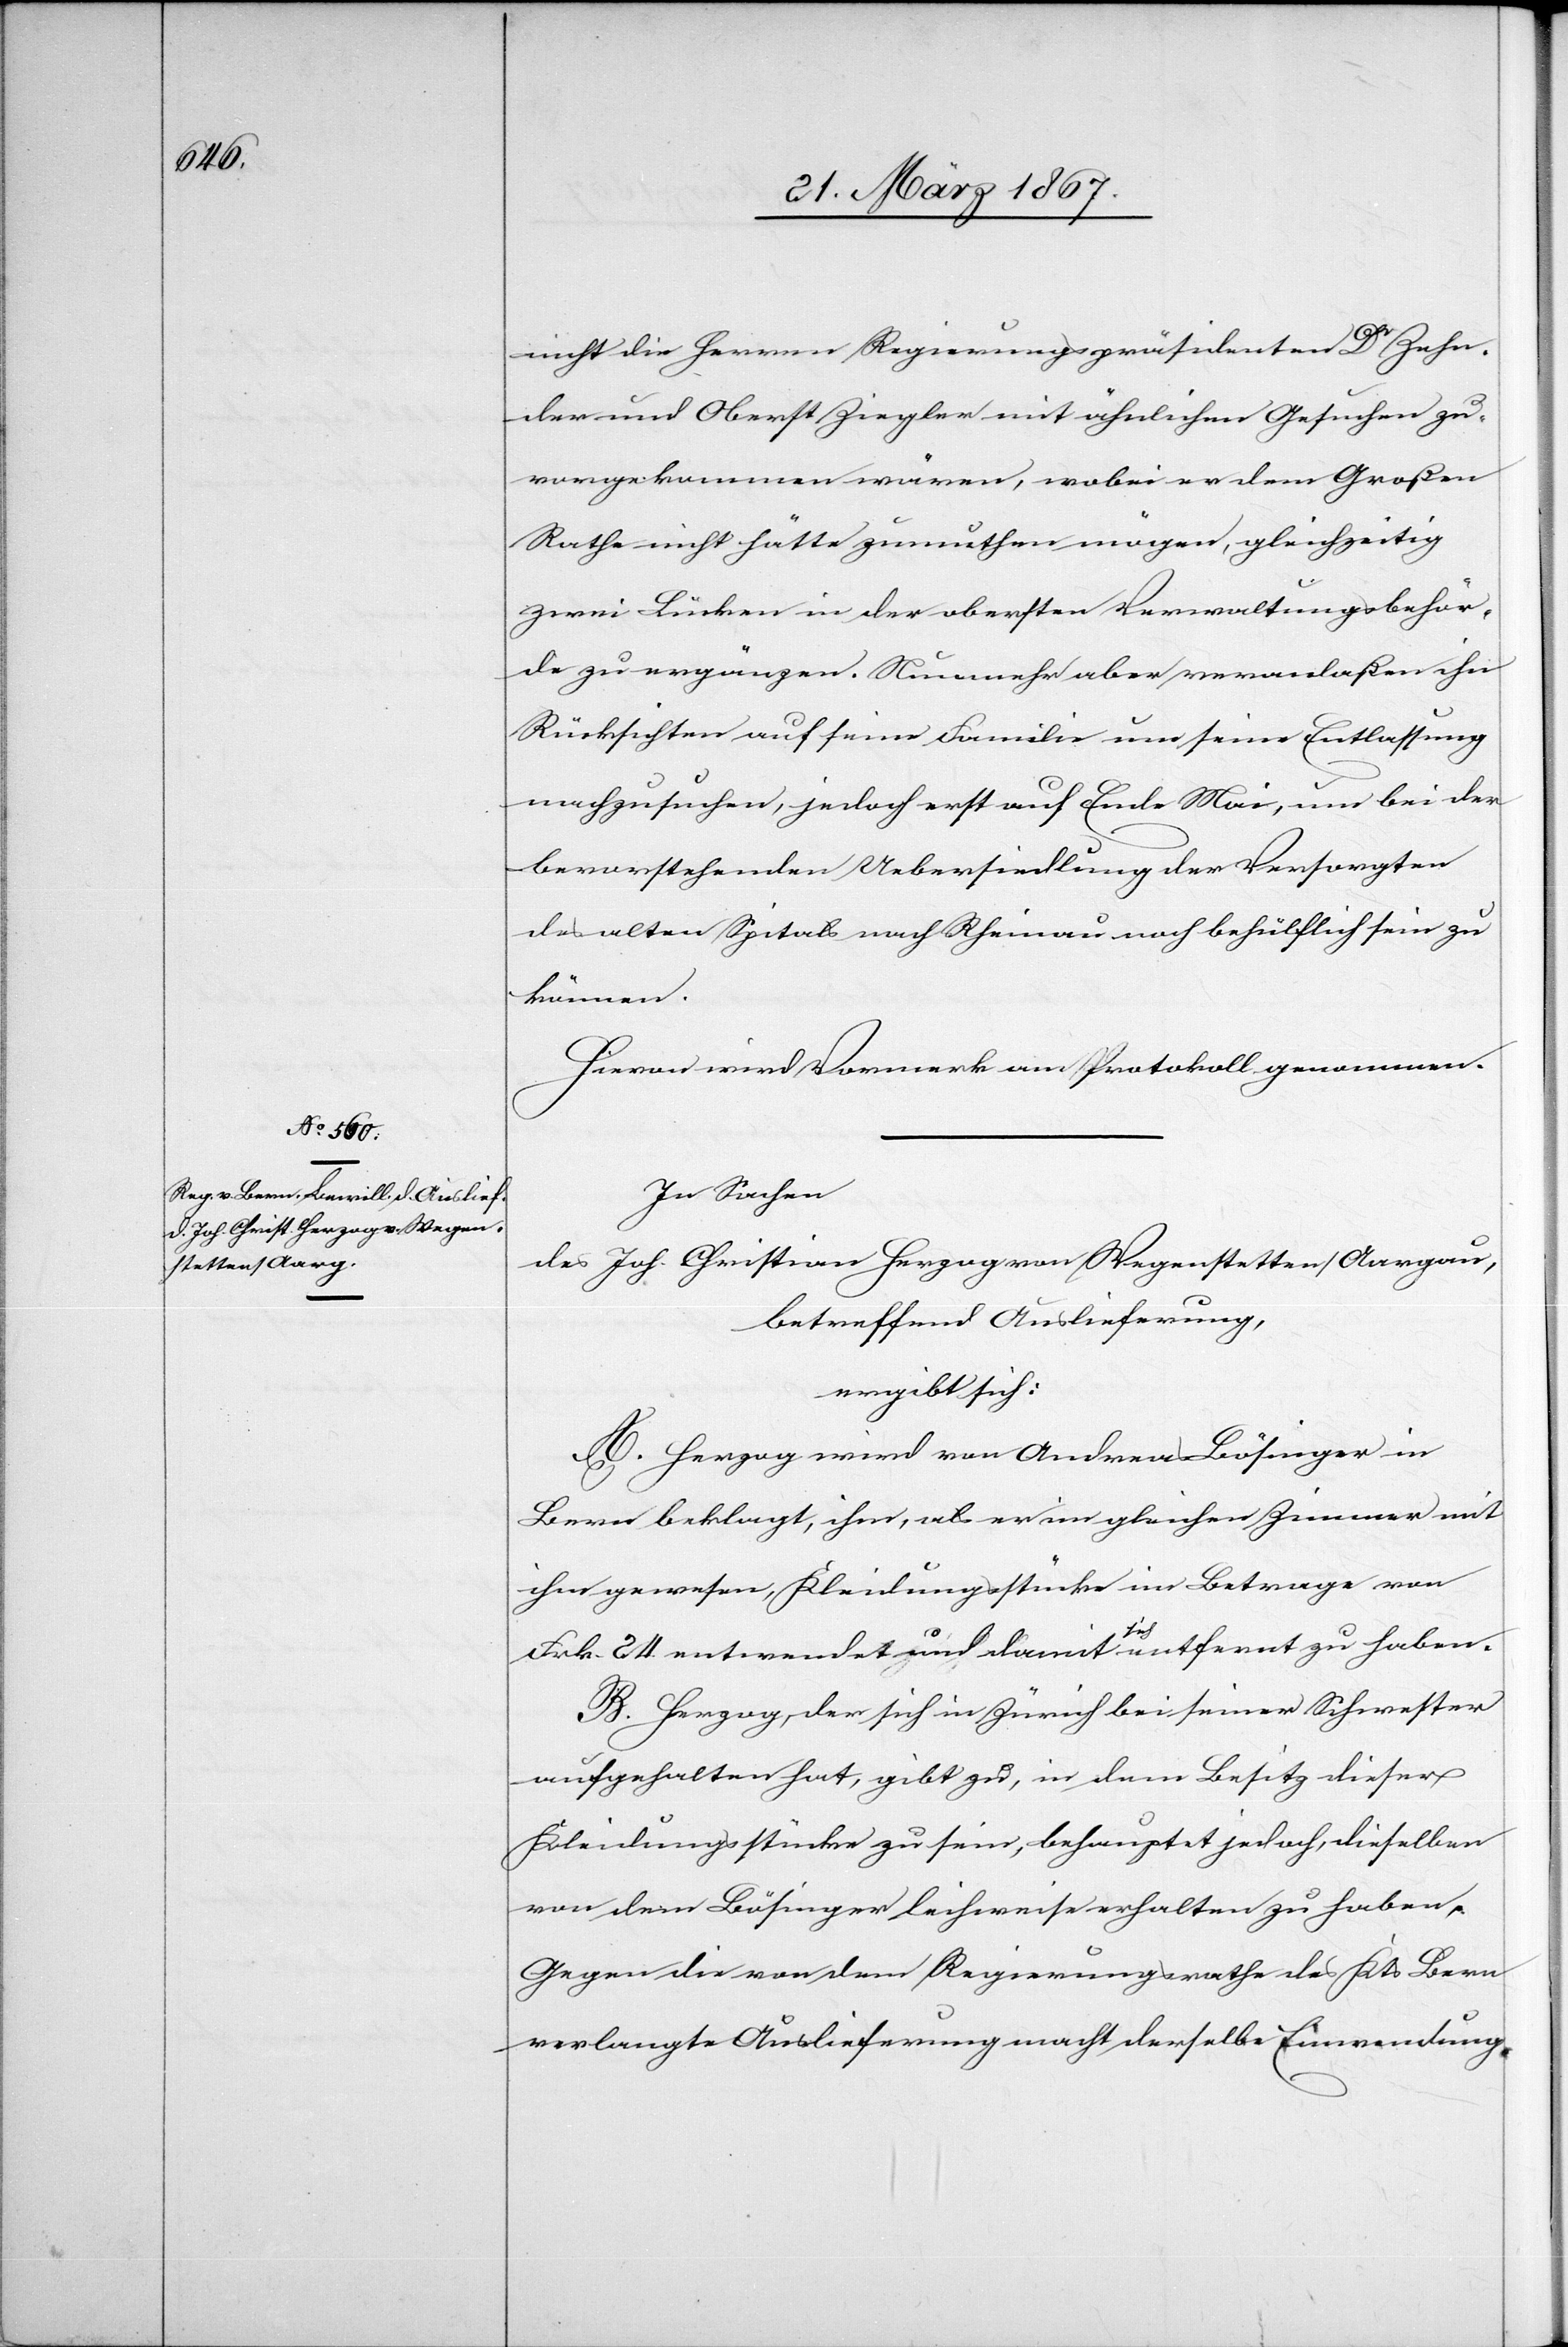
nicht die Herren Regierungspräsidenten Dr Zehn¬
der und Oberst Ziegler mit ähnlichen Gesuchen zu¬
vorgekommen wären, wobei er dem Großen
Rathe nicht hätte zumuthen mögen, gleichzeitig
zwei Lücken in der obersten Verwaltungsbehör¬
de zu ergänzen. Nunmehr aber veranlaßen ihn
Rücksichten auf seine Familie um seine Entlassung
nachzusuchen, jedoch erst auf Ende Mai, um bei der
bevorstehenden Uebersiedlung der Versorgten
des alten Spitals nach Rheinau noch behülflich sein zu
können.
Hievon wird Vormerk am Protokoll genommen.
In Sachen
des Joh. Christian Herzog von Wegenstetten/Aargau,
betreffend Auslieferung
ergibt sich:
A. Herzog wird von Andreas Bösinger in
Bern beklagt, ihm, als er im gleichen Zimmer mit
ihm gewesen, Kleidungsstücke im Betrage von
Frk. 24 entwendet und damit sich entfernt zu haben.
B. Herzog, der sich in Zürich bei seiner Schwester
aufgehalten hat, gibt zu, in dem Besitz dieser
Kleidungsstücke zu sein, behauptet jedoch, dieselben
von dem Bösinger leihweise erhalten zu haben.
Gegen die von dem Regierungsrathe des Kts Bern
verlangte Auslieferung macht derselbe Einwendung.